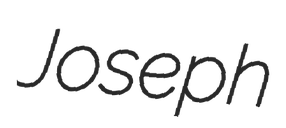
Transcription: Joseph